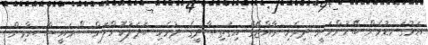
އަޅުގަނޑުމެން ބޭނުންވަނީ ދިވެހި ރާއްޖޭގެ އިގުތިސާދީގެ ދުވެހި ބަދަލުކޮށްލަން " ރައީސް ޔާމިން